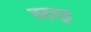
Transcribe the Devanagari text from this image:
रुद्रपूर